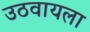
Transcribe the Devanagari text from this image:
उठवायला